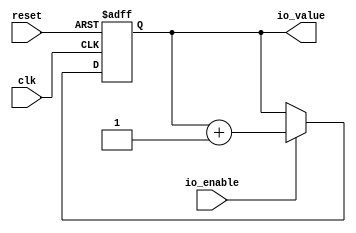
// Generator : SpinalHDL v1.4.3    git head : adf552d8f500e7419fff395b7049228e4bc5de26
// Component : SpinalSimMiscTesterCounter
// Git hash  : adf552d8f500e7419fff395b7049228e4bc5de26



module SpinalSimMiscTesterCounter (
  input               io_enable,
  output     [7:0]    io_value,
  input               clk,
  input               reset
);
  reg        [7:0]    reg_1;

  assign io_value = reg_1;
  always @ (posedge clk or posedge reset) begin
    if (reset) begin
      reg_1 <= 8'h0;
    end else begin
      if(io_enable)begin
        reg_1 <= (reg_1 + 8'h01);
      end
    end
  end


endmodule